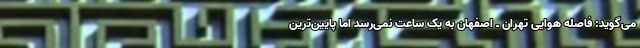
می‌گوید: فاصله هوایی تهران ـ اصفهان به یک ساعت نمی‌رسد اما پایین‌ترین